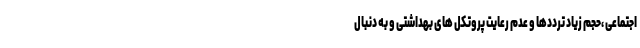
اجتماعی ،حجم زیاد ترددها و عدم رعایت پروتکل های بهداشتی و به دنبال